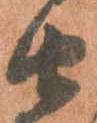
由